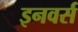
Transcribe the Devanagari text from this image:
इनवर्स